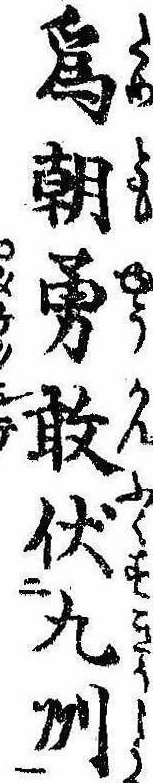
為朝勇敢伏九州